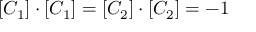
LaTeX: [ C _ { 1 } ] \cdot [ C _ { 1 } ] = [ C _ { 2 } ] \cdot [ C _ { 2 } ] = - 1